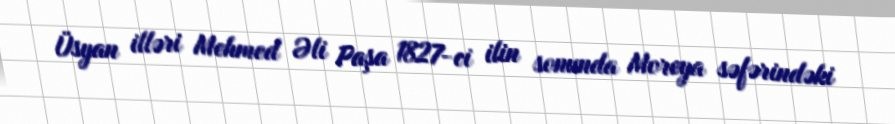
Üsyan illəri Mehmed Əli Paşa 1827-ci ilin sonunda Moreya səfərindəki